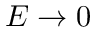
E \to 0